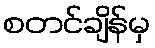
စတင်ချိန်မှ